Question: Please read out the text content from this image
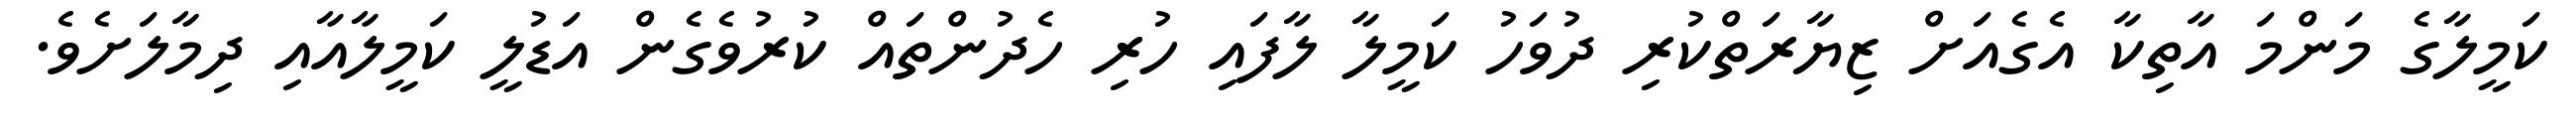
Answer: ކަމީލާގެ މަންމަ އާތިކާ އެގެއަށް ޒިޔާރަތްކުރި ދުވަހު ކަމީލާ ލާފައި ހުރި ހެދުންތައް ކުރުވެގެން އަޑުލީ ކަމީލާއާއި ދިމާލަށެވެ.